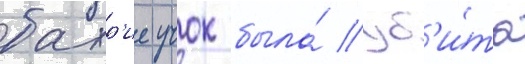
бахр'ие учок была́ уб'и́та